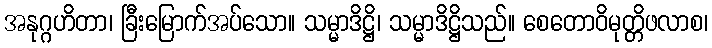
အနုဂ္ဂဟိတာ၊ ခြီးမြောက်အပ်သော။ သမ္မာဒိဋ္ဌိ၊ သမ္မာဒိဋ္ဌိသည်။ စေတောဝိမုတ္တိဖလာစ၊